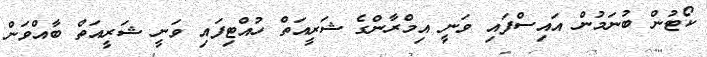
ކޯޓުން ބުނަމުން އައިސްފައި ވަނީ އިމްރާންގެ ޝަރީއަތް ހުއްޓިފައި ވަނީ ޝަރީއަތް ބާއްވަން